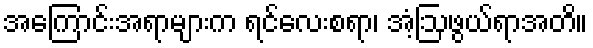
အကြောင်းအရာများက ရင်လေးစရာ၊ အံ့ဩဖွယ်ရာအတိ။